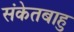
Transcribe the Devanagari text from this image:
संकेतबाहु